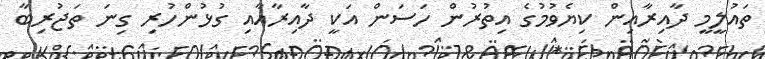
ތައުލީމީ ދާއިރާއިން ކިޔެވުމުގެ އިތުރުން ހަސަން އަކީ ދާއިރާއާއި ގުޅުންހުރި ގިނަ ތަޖުރިބާ